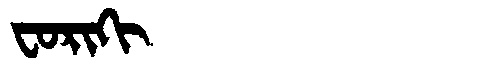
Manchu: ᠸᠣᡵᡳᡴᡳ
Romanization: FORIKI